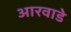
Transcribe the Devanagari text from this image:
आरवाडे